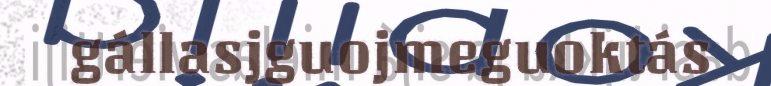
gállasjguojmeguoktás